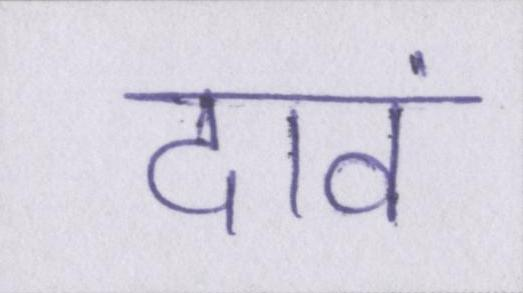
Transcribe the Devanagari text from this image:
दावं